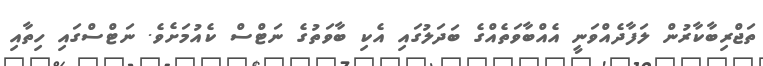
ތަޖްރިބާކާރުން ލަފާދެއްވަނީ އެއްބާވަތެއްގެ ބަދަލުގައި އެކި ބާވަތުގެ ނަޓްސް ކެއުމަށެވެ. ނަޓްސްގައި ހިތާއި